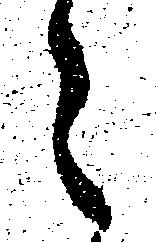
々